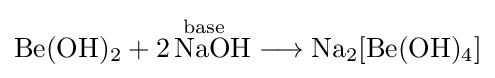
{\mathrm {Be} (\mathrm {OH} ){\vphantom {A}}_{\smash[{t}]{2}}{}+{}{\overset {\mathrm {base} }{2\,\mathrm {NaOH} }}{}\mathrel {\longrightarrow } {}\mathrm {Na} {\vphantom {A}}_{\smash[{t}]{2}}[\mathrm {Be} (\mathrm {OH} ){\vphantom {A}}_{\smash[{t}]{4}}]}